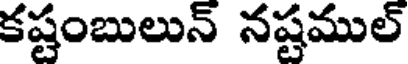
కష్టంబులున్ నష్టముల్